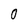
Character: 0